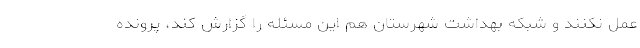
عمل نکنند و شبکه بهداشت شهرستان هم این مسئله را گزارش کند، پرونده